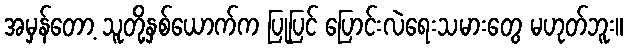
အမှန်တော့ သူတို့နှစ်ယောက်က ပြုပြင် ပြောင်းလဲရေးသမားတွေ မဟုတ်ဘူး။